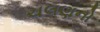
ચલણનો